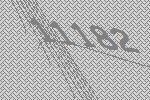
11182